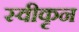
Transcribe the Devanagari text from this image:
स्वीकृन